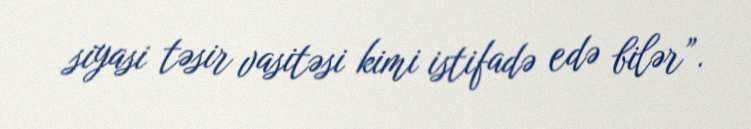
siyasi təsir vasitəsi kimi istifadə edə bilər”.